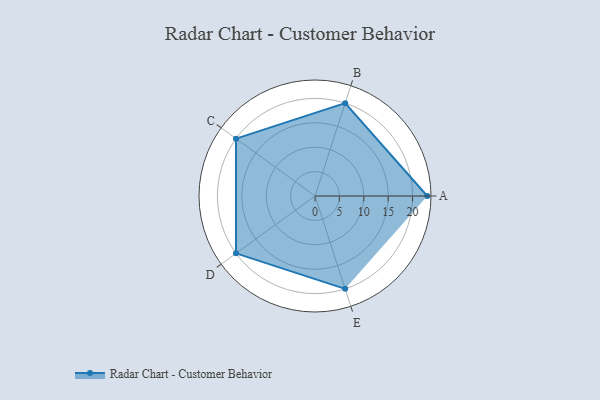
{"axis": {"x": "Skill", "y": "Score"}, "legend": ["Profile"], "data": [{"x": "A", "y": 23.0, "type": "Profile"}, {"x": "B", "y": 20.0, "type": "Profile"}, {"x": "C", "y": 20, "type": "Profile"}, {"x": "D", "y": 20, "type": "Profile"}, {"x": "E", "y": 20, "type": "Profile"}]}